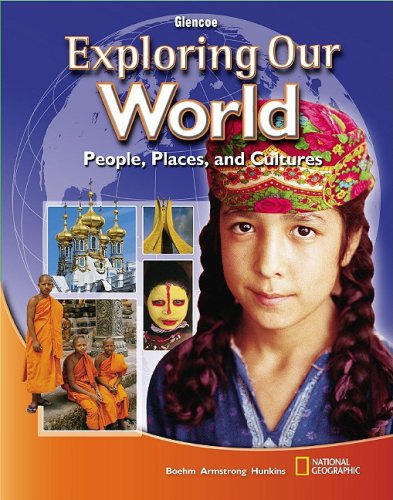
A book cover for Exploring Our World, Student Edition (THE WORLD & ITS PEOPLE EASTERN); McGraw-Hill Education; Children's Books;